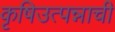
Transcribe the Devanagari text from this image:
कृषिउत्पन्नाची